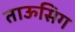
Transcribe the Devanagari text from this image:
ताऊसिग